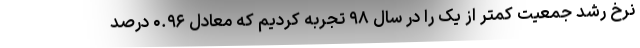
نرخ رشد جمعیت کمتر از یک را در سال ۹۸ تجربه کردیم که معادل ۰.۹۶ درصد